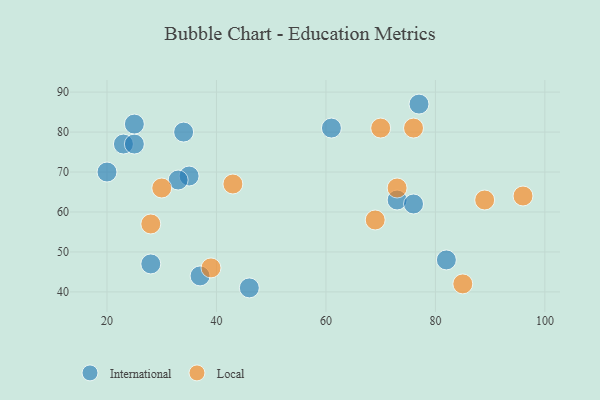
{"axis": {"x": "GDP", "y": "Life Expectancy"}, "legend": ["International", "Local"], "data": [{"x": "34", "y": 80, "type": "International"}, {"x": "77", "y": 87, "type": "International"}, {"x": "82", "y": 48, "type": "International"}, {"x": "61", "y": 81, "type": "International"}, {"x": "28", "y": 47, "type": "International"}, {"x": "20", "y": 70, "type": "International"}, {"x": "35", "y": 69, "type": "International"}, {"x": "33", "y": 68, "type": "International"}, {"x": "73", "y": 63, "type": "International"}, {"x": "76", "y": 62, "type": "International"}, {"x": "37", "y": 44, "type": "International"}, {"x": "23", "y": 77, "type": "International"}, {"x": "25", "y": 77, "type": "International"}, {"x": "46", "y": 41, "type": "International"}, {"x": "25", "y": 82, "type": "International"}, {"x": "73", "y": 66, "type": "Local"}, {"x": "85", "y": 42, "type": "Local"}, {"x": "96", "y": 64, "type": "Local"}, {"x": "28", "y": 57, "type": "Local"}, {"x": "30", "y": 66, "type": "Local"}, {"x": "43", "y": 67, "type": "Local"}, {"x": "89", "y": 63, "type": "Local"}, {"x": "70", "y": 81, "type": "Local"}, {"x": "39", "y": 46, "type": "Local"}, {"x": "69", "y": 58, "type": "Local"}, {"x": "76", "y": 81, "type": "Local"}]}